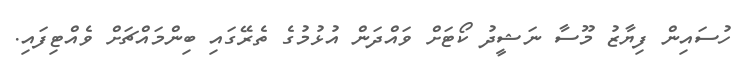
ހުސައިން ފިޔާޒު މޫސާ ނަޝީދު ކޯޓަށް ވައްދަން އުޅުމުގެ ތެރޭގައި ބިންމައްޗަށް ވެއްޓިފައި.